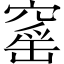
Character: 窰